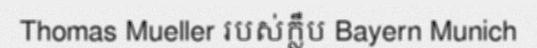
Thomas Mueller របស់ក្លឹប Bayern Munich